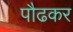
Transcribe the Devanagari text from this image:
पौढकर